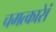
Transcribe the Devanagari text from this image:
चमत्कारेां